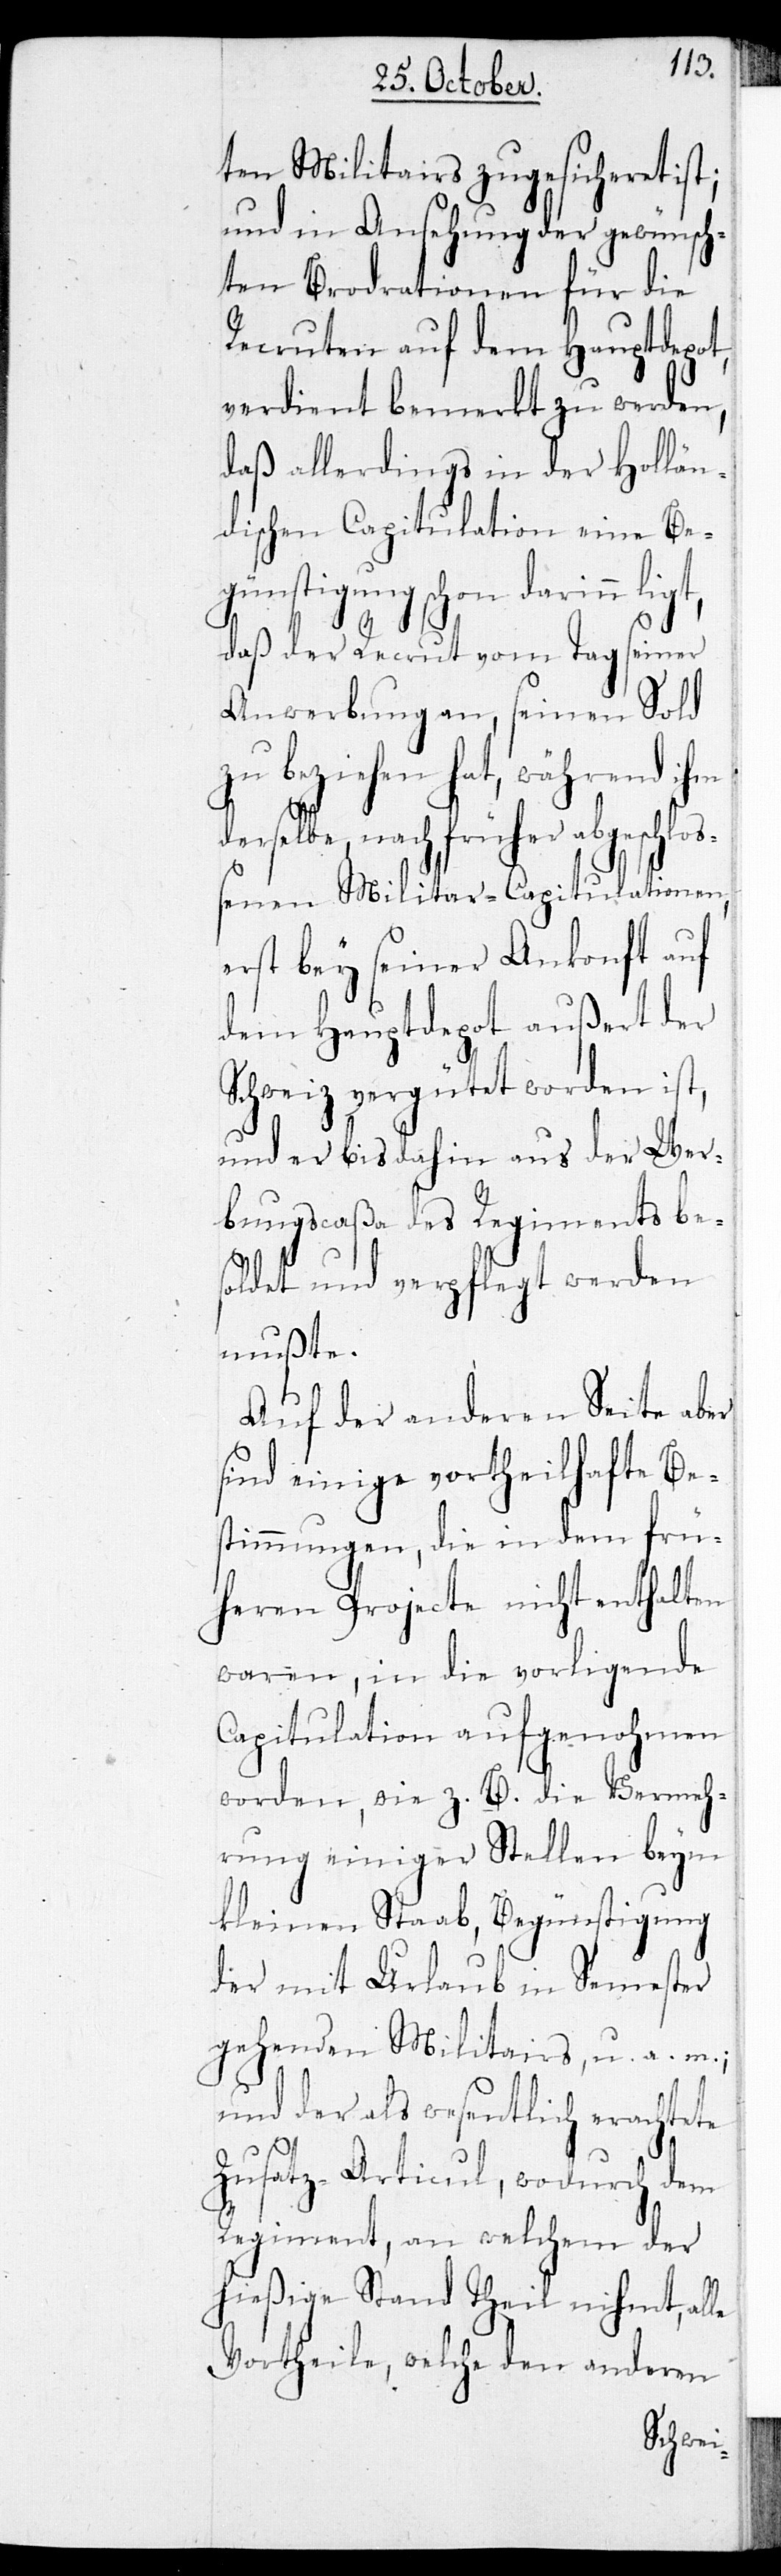
ten Militairs zugesicheret ist;
und in Ansehung der gewünsch¬
ten Brodrationen für die
Recruten auf dem Hauptdepot,
verdient bemerkt zu werden,
daß allerdings in der Hollän¬
dischen Capitulation eine Be¬
günstigung schon darinn
daß der Recrut vom Tag seiner
Anwerbung an, seinen Sold
zu beziehen hat, während ihm
derselbe, nach früher abgeschloß¬
enen Militar-Capitulationen,
erst bey seiner Ankonft auf
dem Hauptdepot außert der
Schweiz vergütet worden ist,
und er bis dahin aus der Wer¬
bungscaßa des Regiments bes¬
oldet und verpflegt werden
mußte.
Auf der anderen Seite aber
sind einige vortheilhafte Be¬
stimmungen, die in dem frü¬
heren Projecte nicht enthalten
waren, in die vorligende
Capitulation aufgenohmen
worden, wie z. B. die Vermeh¬
rung einiger Stellen beym
kleinen Staab, Begünstigung
der mit Urlaub in Semester
gehenden Militairs, u. a. m.;
und der als wesentlich erachtete
Zusatz-Articul, wodurch dem
Regiment, an welchem der
hießige Stand Theil nihmt, alle
Vortheile, welche den anderen